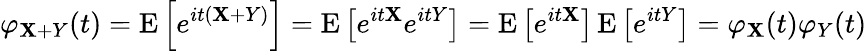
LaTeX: \varphi_{\mathbf{X}+Y}(t)=\operatorname{E}\left[e^{it(\mathbf{X}+Y)}\right]=\operatorname{E}\left[e^{it\mathbf{X}}e^{itY}\right]=\operatorname{E}\left[e^{it\mathbf{X}}\right]\operatorname{E}\left[e^{itY}\right]=\varphi_{\mathbf{X}}(t)\varphi_{Y}(t)